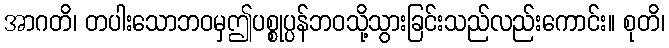
အာဂတိ၊ တပါးသောဘဝမှဤပစ္စုပ္ပန်ဘဝသို့သွားခြင်းသည်လည်းကောင်း။ စုတိ၊